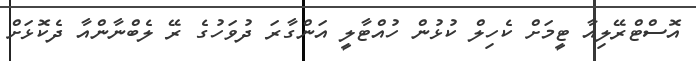
އޮސްޓްރޭލިއާ ޓީމަށް ކެހިލް ކުޅުން ހުއްޓާލީ އަންގާރަ ދުވަހުގެ ރޭ ލެބްނާންއާ ދެކޮޅަށް